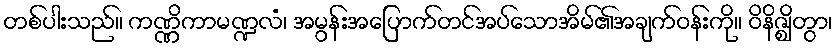
တစ်ပါးသည်။ ကဏ္ဏိကာမဏ္ဍလံ၊ အမွန်းအပြောက်တင်အပ်သောအိမ်၏အချက်ဝန်းကို။ ဝိနိဇ္ဈိတွာ၊